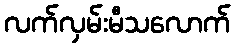
လက်လှမ်းမီသလောက်